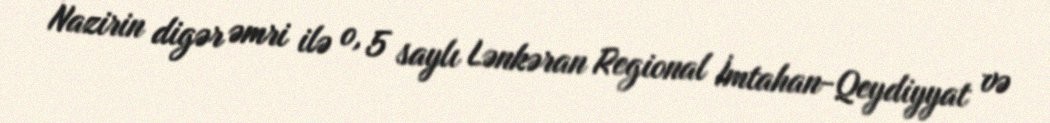
Nazirin digər əmri ilə o, 5 saylı Lənkəran Regional İmtahan-Qeydiyyat və